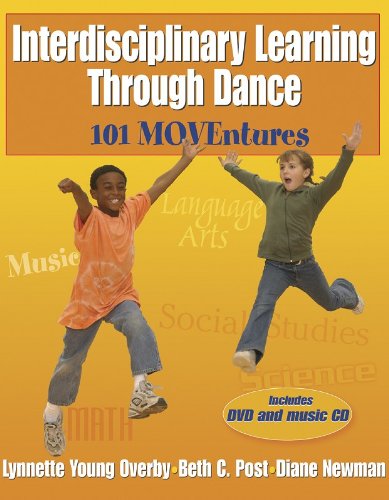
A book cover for Interdisciplinary Learning Through Dance:101 Moventures; Lynnette Overby; Sports & Outdoors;